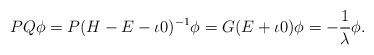
LaTeX: \begin{align*}P Q \phi= P(H-E-\iota 0)^{-1}\phi= G(E+\iota 0)\phi=-\frac{1}{\lambda}\phi.\end{align*}